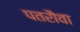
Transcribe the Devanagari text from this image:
पतरौवा